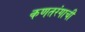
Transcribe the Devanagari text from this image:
कणतरंगाची